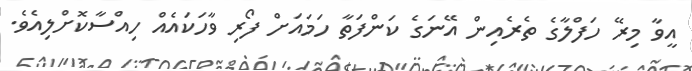
އީވާ މިރޭ ހަފްލާގެ ތެރެއިން އޭނަގެ ކަންފަތާ ހަމައަށް ފޯރި ވާހަކައެއް ހިއްސާކޮށްލިއެވެ.